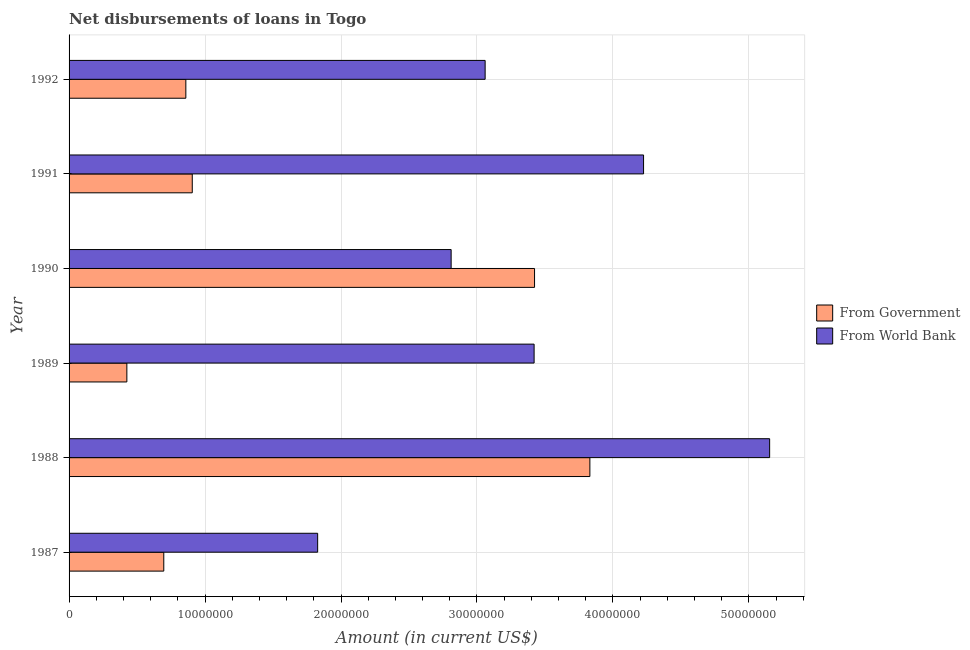
| Year | From Government | From World Bank |
 | --- | --- | --- |
 | 1987 | 6.97e+06 | 1.83e+07 |
 | 1988 | 3.83e+07 | 5.15e+07 |
 | 1989 | 4.25e+06 | 3.42e+07 |
 | 1990 | 3.42e+07 | 2.81e+07 |
 | 1991 | 9.06e+06 | 4.23e+07 |
 | 1992 | 8.59e+06 | 3.06e+07 |